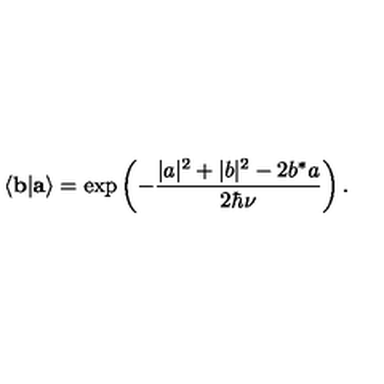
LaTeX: \langle { \bf b } | { \bf a } \rangle = \exp \left( - \frac { | a | ^ { 2 } + | b | ^ { 2 } - 2 b ^ { * } a } { 2 \hbar \nu } \right) .